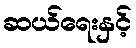
ဆယ်ရေးနှင့်